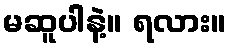
မဆူပါနဲ့။ ရလား။